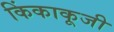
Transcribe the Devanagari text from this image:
किंकाकूजी